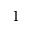
1